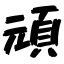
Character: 頑